Vaccination in Bombay 1869-1873 - 1869-1873
Year: 1869
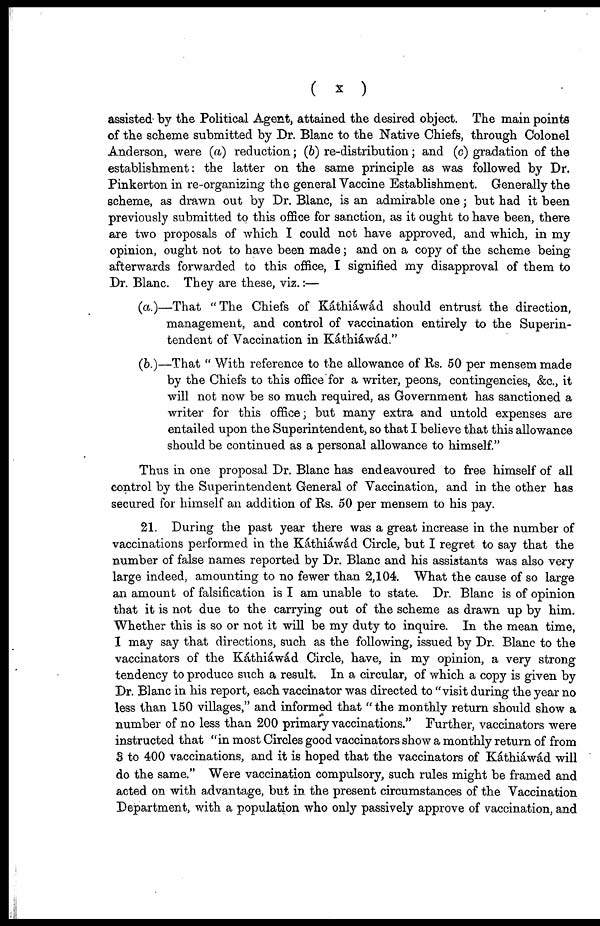
( x )
assisted by the Political Agent, attained the desired object. The main points
of the scheme submitted by Dr. Blanc to the Native Chiefs, through Colonel
Anderson, were (a) reduction; (b) re-distribution; and (c) gradation of the
establishment: the latter on the same principle as was followed by Dr.
Pinkerton in re-organizing the general Vaccine Establishment. Generally the
scheme, as drawn out by Dr. Blanc, is an admirable one; but had it been
previously submitted to this office for sanction, as it ought to have been, there
are two proposals of which I could not have approved, and which, in my
opinion, ought not to have been made; and on a copy of the scheme being
afterwards forwarded to this office, I signified my disapproval of them to
Dr. Blanc. They are these, viz.:—
(a.)—That "The Chiefs of Káthiáwád should entrust the direction,
management, and control of vaccination entirely to the Superin-
tendent of Vaccination in Káthiáwád."
(b.)—That " With reference to the allowance of Rs. 50 per mensem made
by the Chiefs to this office for a writer, peons, contingencies, &c., it
will not now be so much required, as Government has sanctioned a
writer for this office; but many extra and untold expenses are
entailed upon the Superintendent, so that I believe that this allowance
should be continued as a personal allowance to himself."
Thus in one proposal Dr. Blanc has endeavoured to free himself of all
control by the Superintendent General of Vaccination, and in the other has
secured for himself an addition of Rs. 50 per mensem to his pay.
21. During the past year there was a great increase in the number of
vaccinations performed in the Káthiáwád Circle, but I regret to say that the
number of false names reported by Dr. Blanc and his assistants was also very
large indeed, amounting to no fewer than 2,104. What the cause of so large
an amount of falsification is I am unable to state. Dr. Blanc is of opinion
that it is not due to the carrying out of the scheme as drawn up by him.
Whether this is so or not it will be my duty to inquire. In the mean time,
I may say that directions, such as the following, issued by Dr. Blanc to the
vaccinators of the Káthiáwád Circle, have, in my opinion, a very strong
tendency to produce such a result. In a circular, of which a copy is given by
Dr. Blanc in his report, each vaccinator was directed to "visit during the year no
less than 150 villages," and informed that " the monthly return should show a
number of no less than 200 primary vaccinations." Further, vaccinators were
instructed that "in most Circles good vaccinators show a monthly return of from
3 to 400 vaccinations, and it is hoped that the vaccinators of Káthiáwád will
do the same." Were vaccination compulsory, such rules might be framed and
acted on with advantage, but in the present circumstances of the Vaccination
Department, with a population who only passively approve of vaccination, and